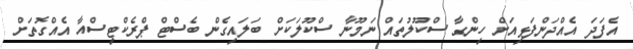
އެފަދަ އެއްދަންފަޅިއަށް ހިންގާ ސްކޫލުތައް ނަމޫނާ ސްކޫލަކަށް ބަލައިގެން ބެސްޓް ޕްރެކްޓިސްއާ އެއްގޮތަަށް